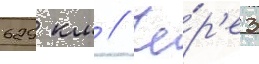
629 км // Че́р'ез